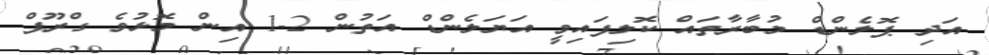
އަދި ޕޮލެންޑް މުބާރާތައް ކޮލިފައިވީ އަޔަލެންޑް އަތުން 2-1 އިން މޮޅުވެ ގްރޫޕް